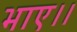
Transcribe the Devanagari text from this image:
भाए।।